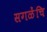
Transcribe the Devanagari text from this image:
सगळेंचि